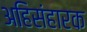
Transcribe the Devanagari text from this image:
अहिसंहारक